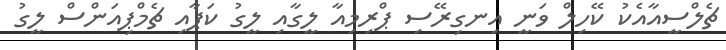
ޗެލްސީއާއެކު ކޭހިލް ވަނީ އިނގިރޭސި ޕްރިމިއާ ލީގާއި ލީގު ކަޕާއި ޗެމްޕިއަންސް ލީގު